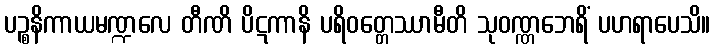
ပဉ္စနိကာယမဏ္ဍလေ တီဏိ ပိဋကာနိ ပရိဝတ္တေဿာမီတိ သုဝဏ္ဏဘေရိံ ပဟရာပေသိ။